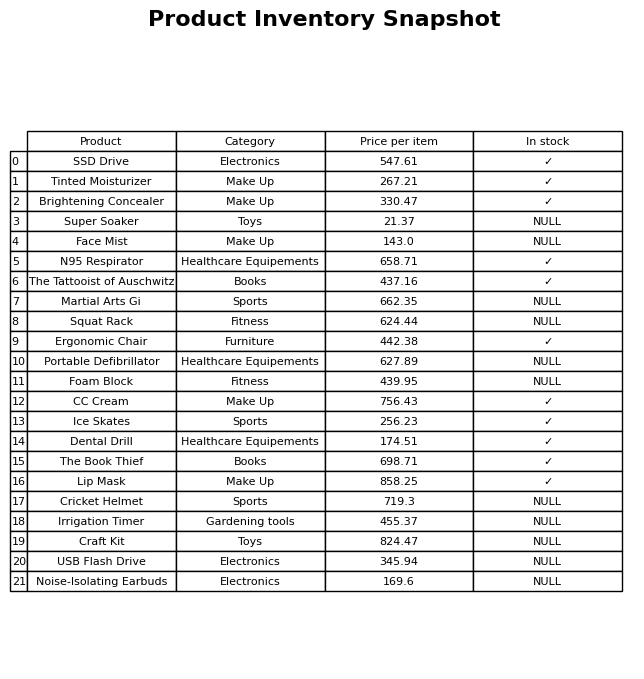
question: What is the price for SSD Drive?
answer: The price of SSD Drive is 547.61.